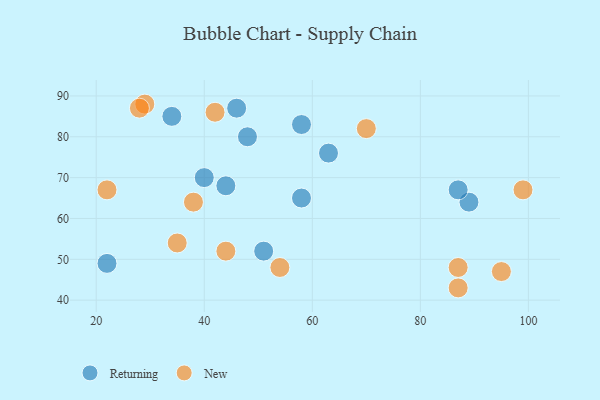
{"axis": {"x": "GDP", "y": "Life Expectancy"}, "legend": ["New", "Returning"], "data": [{"x": "48", "y": 80, "type": "Returning"}, {"x": "46", "y": 87, "type": "Returning"}, {"x": "89", "y": 64, "type": "Returning"}, {"x": "44", "y": 68, "type": "Returning"}, {"x": "34", "y": 85, "type": "Returning"}, {"x": "58", "y": 83, "type": "Returning"}, {"x": "22", "y": 49, "type": "Returning"}, {"x": "58", "y": 65, "type": "Returning"}, {"x": "40", "y": 70, "type": "Returning"}, {"x": "63", "y": 76, "type": "Returning"}, {"x": "87", "y": 67, "type": "Returning"}, {"x": "51", "y": 52, "type": "Returning"}, {"x": "44", "y": 52, "type": "New"}, {"x": "42", "y": 86, "type": "New"}, {"x": "22", "y": 67, "type": "New"}, {"x": "95", "y": 47, "type": "New"}, {"x": "29", "y": 88, "type": "New"}, {"x": "99", "y": 67, "type": "New"}, {"x": "70", "y": 82, "type": "New"}, {"x": "35", "y": 54, "type": "New"}, {"x": "38", "y": 64, "type": "New"}, {"x": "87", "y": 43, "type": "New"}, {"x": "54", "y": 48, "type": "New"}, {"x": "87", "y": 48, "type": "New"}, {"x": "28", "y": 87, "type": "New"}]}